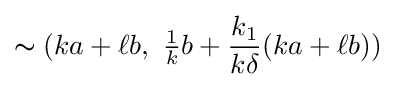
\thicksim (ka+\ell b,\ {\tfrac {1}{k}}b+{\frac {k_{1}}{k\delta }}(ka+\ell b))